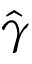
\hat { \gamma }